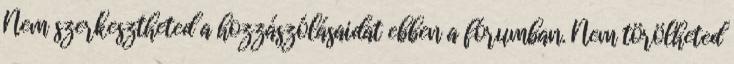
Nem szerkesztheted a hozzászólásaidat ebben a fórumban. Nem törölheted